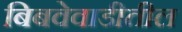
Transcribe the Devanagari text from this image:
बिबवेवाडीतील